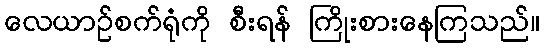
လေယာဉ်စက်ရုံကို စီးရန် ကြိုးစားနေကြသည်။